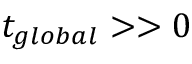
t _ { g l o b a l } > > 0